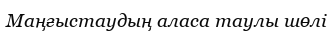
Маңғыстаудың аласа таулы шөлі